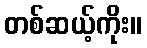
တစ်ဆယ့်ကိုး။